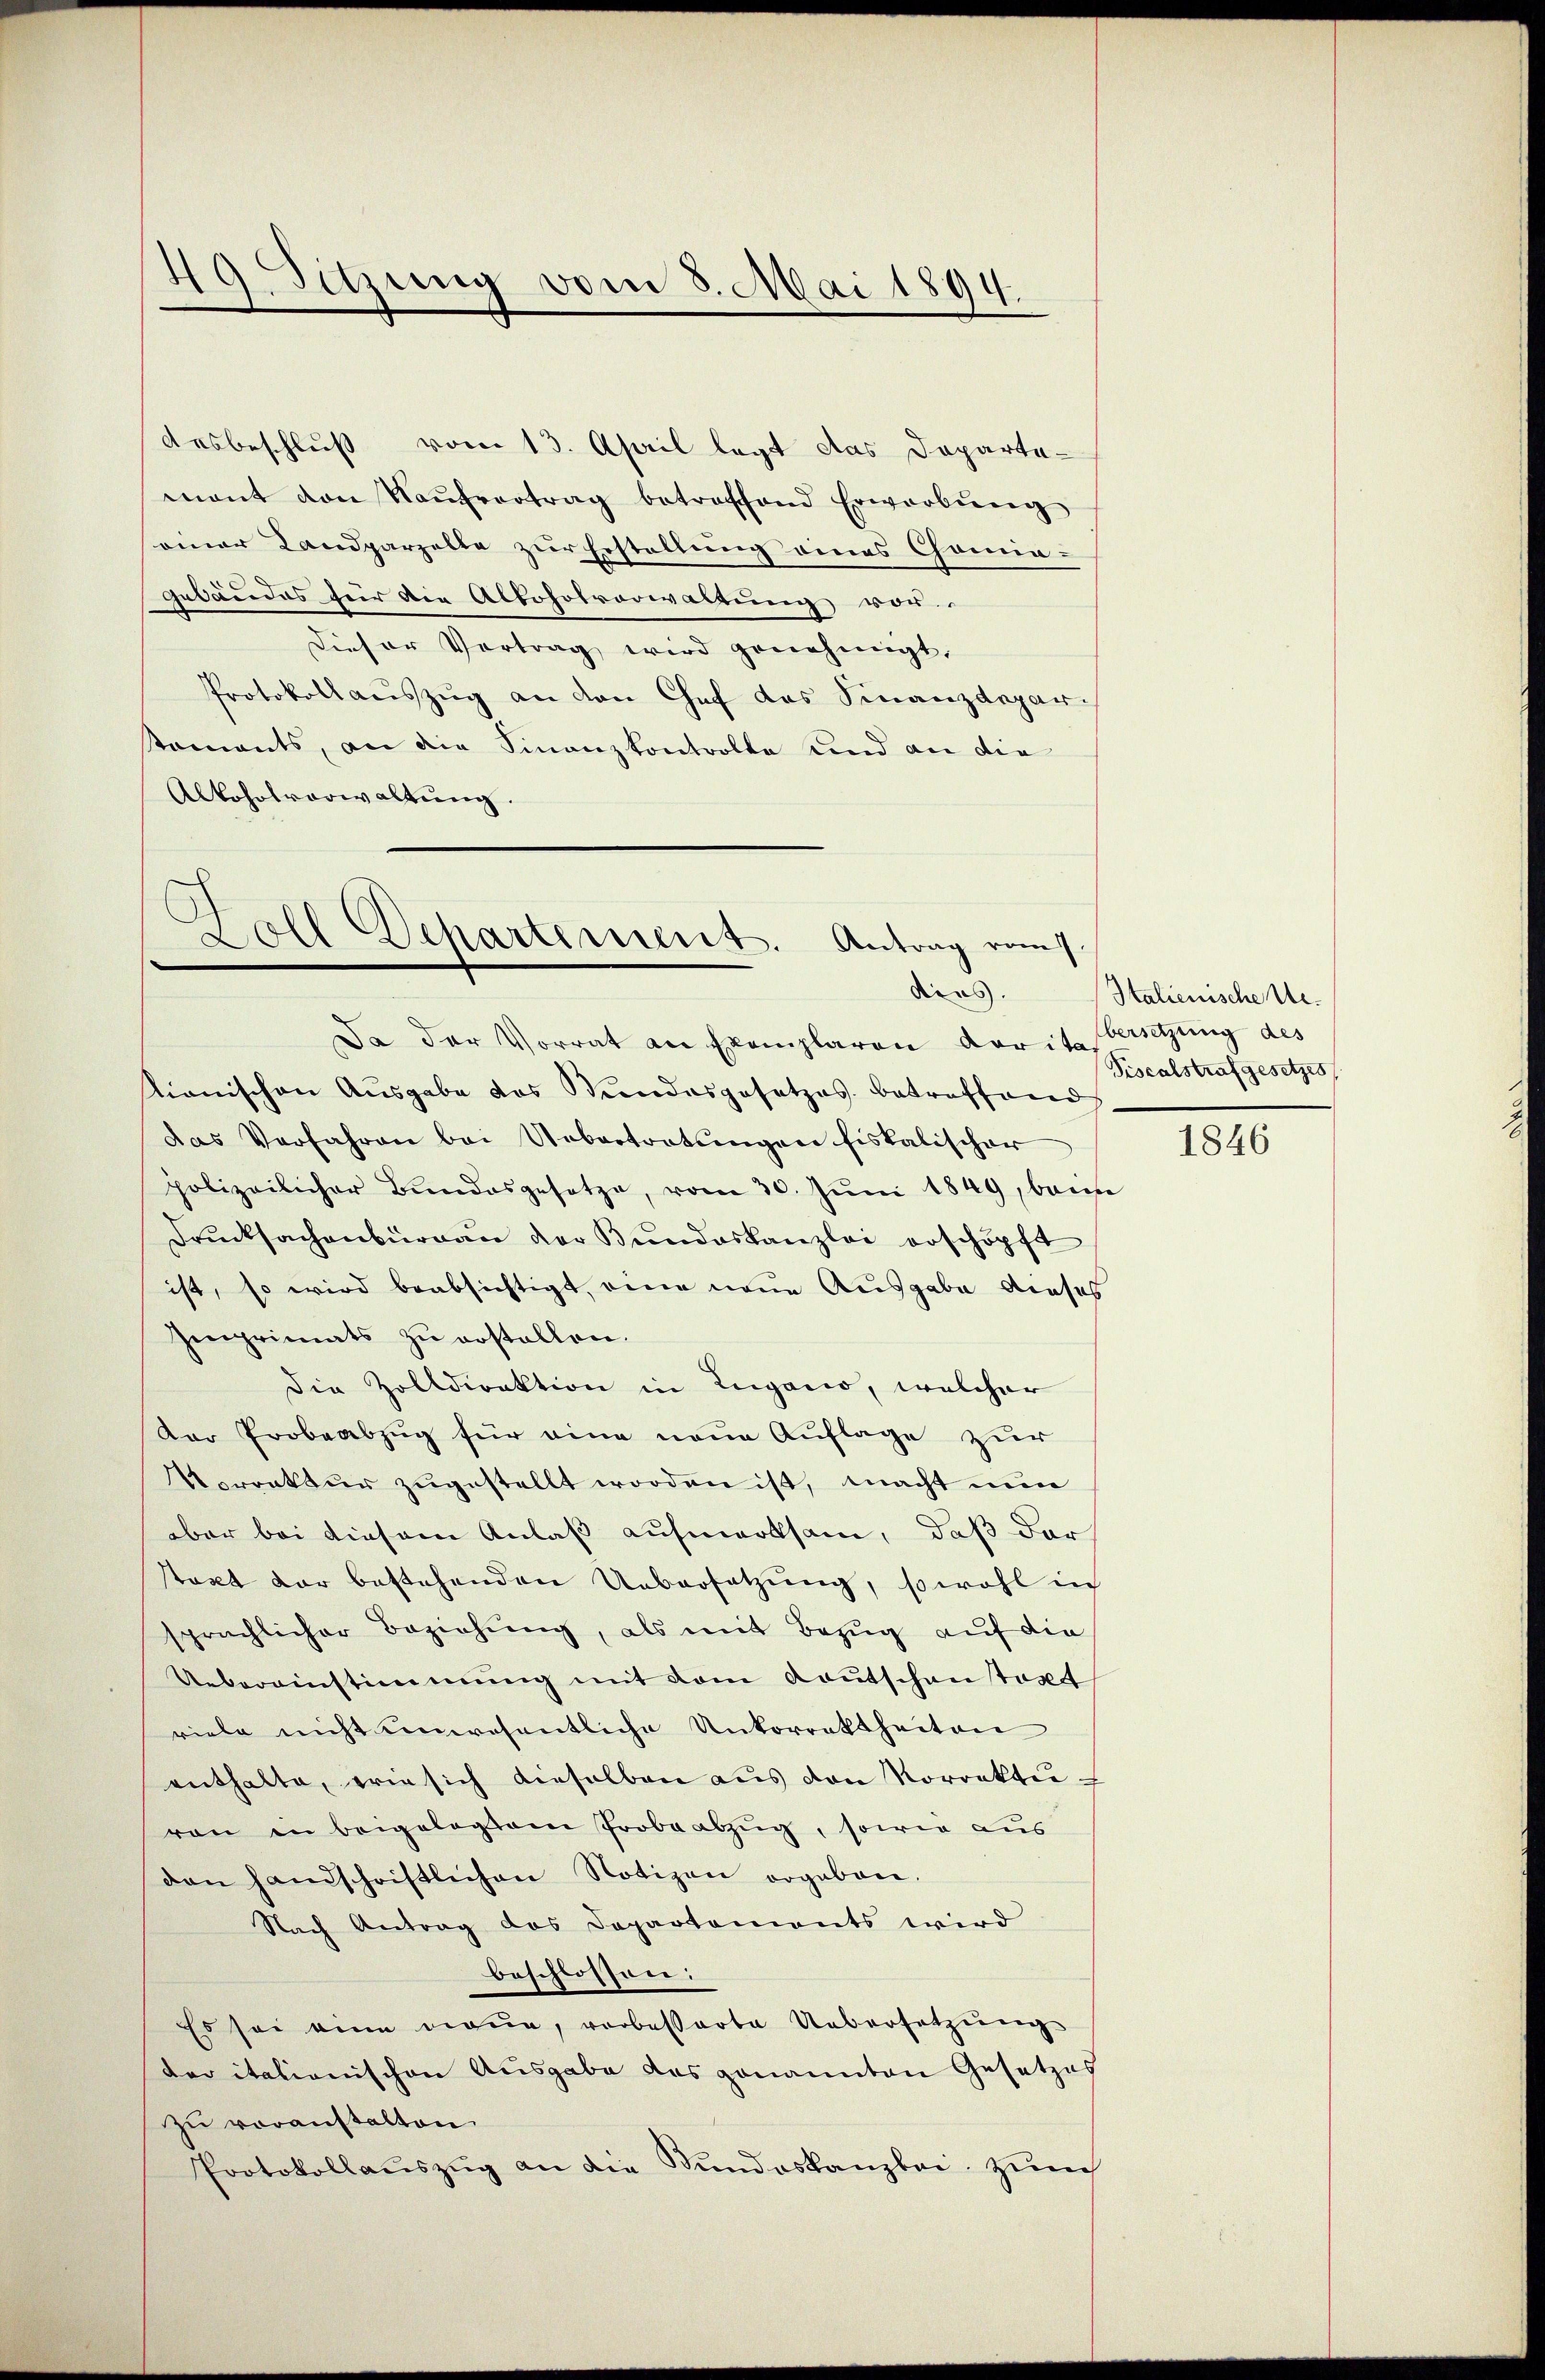
.
19. Sitzung vom 8. Mai 1894.

desbeschluß vom 13. April legt das Departemant von Kaŭfvertrag betreffend Erwerbŭng
seiner Landparzelle zur Erstellung eines Comie-
gebäudes für die Abboholverwaltung vor
Dieser Vortrag wird genehmigt,
Protokoll aŭszŭg an den Chef das Finanzdepar-
staments, an die Finanzkontrolle und an die
Alkoholverwaltung.

.
d
d
oll Departement. Antrag vom
dees.
Da der Vorrat an Exemplaren darite Versetzung des

tionischen Ausgabe des Mendesgesetzes betreffend
das Verfahren bei Uebertretŭngen fiskalischer
polizeilicher Bŭndesgesetze, vom 30. Jŭni 1849, bere
Drucksachenburgau der Bundeskanzlei erschöpft
ist, so wird beabsichtigt, eine neue Ausgabe dieses
Imprimats zŭ erstellen.
die Zolldirektion in Lugano, welcher
Der Probeabzug für eine neue Auflage zur
Vorrektur zugestellt worden ist, macht nun
aber bei diesem Anlaß aufmerksam, daß dar
takt der bestehenden Uebersetzung, sowohl in
sprächlicher Beziehung, als mit Bezug auf die
Uebereinstimmung mit vom Kautschantact
viele nicht unwesentliche Unkorrektheiten
enthalte, wie sich dieselben aŭs den Korrektuvon in beigelegtem Probeabzŭg, sowie aus
den handschriftlichen Notizen ergeben.
Nach Antrag des Departements wird
beschlossen:
Es sei eine neue, vorbesserte Uebersetzung
der italienischen Ausgabe des genannten Gesetzes
zu voranstalten.
Protokollaŭszŭg an die Stundeskanzlei zum

Italienische Ue¬
Piscalstrafgesetzes

1846